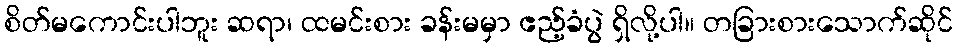
စိတ်မကောင်းပါဘူး ဆရာ၊ ထမင်းစား ခန်းမမှာ ဧည့်ခံပွဲ ရှိလို့ပါ။ တခြားစားသောက်ဆိုင်